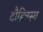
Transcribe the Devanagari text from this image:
दौहित्रस्य